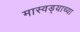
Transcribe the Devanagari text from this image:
मास्वड्याच्या